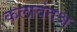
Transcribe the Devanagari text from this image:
कलावंतश्च